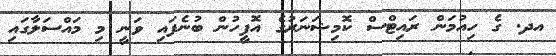
އދ. ގެ ހިއުމަން ރައިޓްސް ކޮމިޝަނަރުގެ އޮފީހުން ބުނެފައި ވަނީ މި މައްސަލާގައި